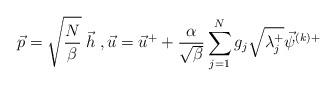
LaTeX: \begin{align*}\vec{p} = \sqrt{\frac{N}{ \beta}}\; \vec{h} \; , \vec{u} = \vec{u}^+ + \frac{\alpha}{\sqrt{\beta}} \sum_{j=1}^N g_j \sqrt{\lambda_j^+}\vec \psi^{(k)+}\end{align*}